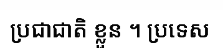
ប្រជាជាតិ ខ្លួន ។ ប្រទេស